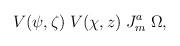
LaTeX: \begin{align*}V(\psi,\zeta)\;V(\chi,z)\;J^{a}_{m}\;\Omega,\end{align*}